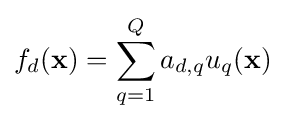
f_{d}({\textbf {x}})=\sum _{q=1}^{Q}{a_{d,q}u_{q}({\textbf {x}})}